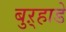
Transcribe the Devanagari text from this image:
बुऱ्हाडे